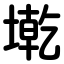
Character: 墘